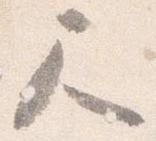
尺